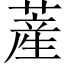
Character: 𦸰